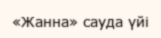
«Жанна» сауда үйі